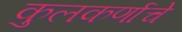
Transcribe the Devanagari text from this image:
कुलकर्णाचे